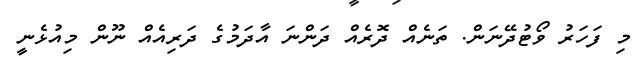
މި ފަހަރު ވޯޓުދޭނަން. ތަނެއް ދޮރެއް ދަންނަ އާދަމުގެ ދަރިއެއް ނޫން މިއުޅެނީ